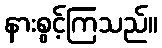
နားစွင့်ကြသည်။